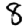
Digit: 8